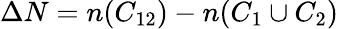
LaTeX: \Delta N=n(C_{12})-n(C_{1}\cup C_{2})